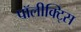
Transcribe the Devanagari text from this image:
पॉलीक्ट्सि